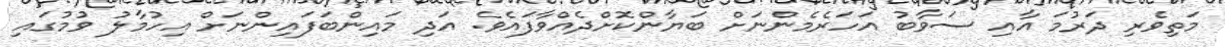
މަތިވެރި ދަރުމަ އާއި ސަވާބު އަހަރެމެންނަށް ބަޔާންކޮށްދެއްވާފައެވެ. އަދި މައިންބަފައިންނަށް އިހުމާލު ވުމުގައި